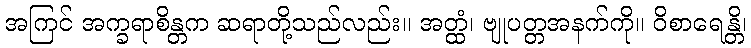
အကြင် အက္ခရာစိန္တက ဆရာတို့သည်လည်း။ အတ္ထံ၊ ဗျုပတ္တအနက်ကို။ ဝိစာရေန္တိ၊